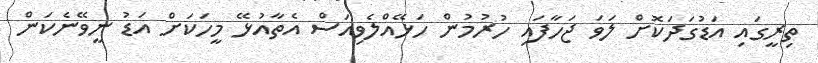
ތިރީގައި އަޑުގަދަކޮށް ލަވަ ޖަހާފައި ހުރުމުން ހަޅޭއްލެވިއަސް އެތާއުޅޭ މީހަކަށް އަޑު ނީވޭނެކަން